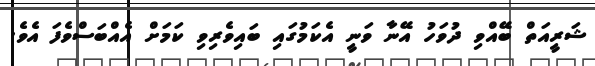
ޝަރީއަތް ބޭއްވި ދުވަހު އޭނާ ވަނީ އެކަމުގައި ބައިވެރިވި ކަމަށް އެއްބަސްވެފަ އެވެ.